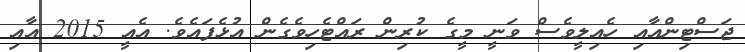
ޖަސްޓިންއާއި ހެއިލީވެސް ވަނީ މީގެ ކުރިން ރައްޓެހިވެގެން އުޅެފައެވެ. އެއީ 2015 އާއި